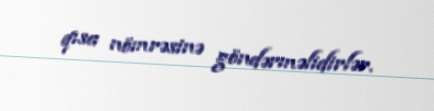
qısa nömrəsinə göndərməlidirlər.